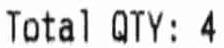
TATAL QTY:4